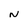
Character: N